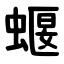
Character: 蝘